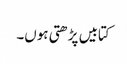
کتابیں پڑھتی ہوں۔